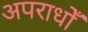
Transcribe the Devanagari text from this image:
अपराधोँ